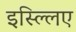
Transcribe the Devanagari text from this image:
इस्ल्लिए